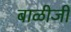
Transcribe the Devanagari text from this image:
बाळीजी